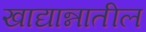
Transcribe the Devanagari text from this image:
खाद्यान्नातील